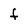
Character: F